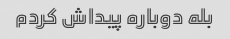
بله دوباره پیداش کردم